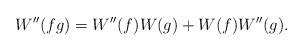
LaTeX: \begin{align*} W''(fg) = W''(f)W(g) + W(f)W''(g). \end{align*}